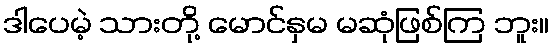
ဒါပေမဲ့ သားတို့ မောင်နှမ မဆုံဖြစ်ကြ ဘူး။